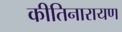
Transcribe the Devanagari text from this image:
कीतिनारायण